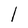
Character: l